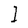
Character: I